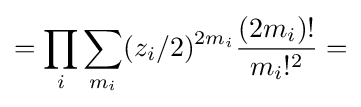
=\prod _{i}\sum _{m_{i}}(z_{i}/2)^{2m_{i}}{\frac {(2m_{i})!}{m_{i}!^{2}}}=